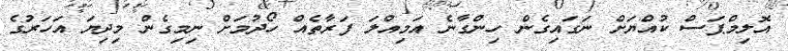
އޮލިމްޕަސް ކުއްޔަށް ނަގައިގެން ހިންގާނެ އަމިއްލަ ފަރާތެއް ހޯދުމަށް ނިމިގެން މިދިޔަ އަހަރުގެ